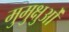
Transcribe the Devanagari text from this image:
मुमुक्षुओं